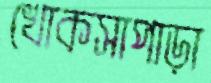
খোকসাপাড়া